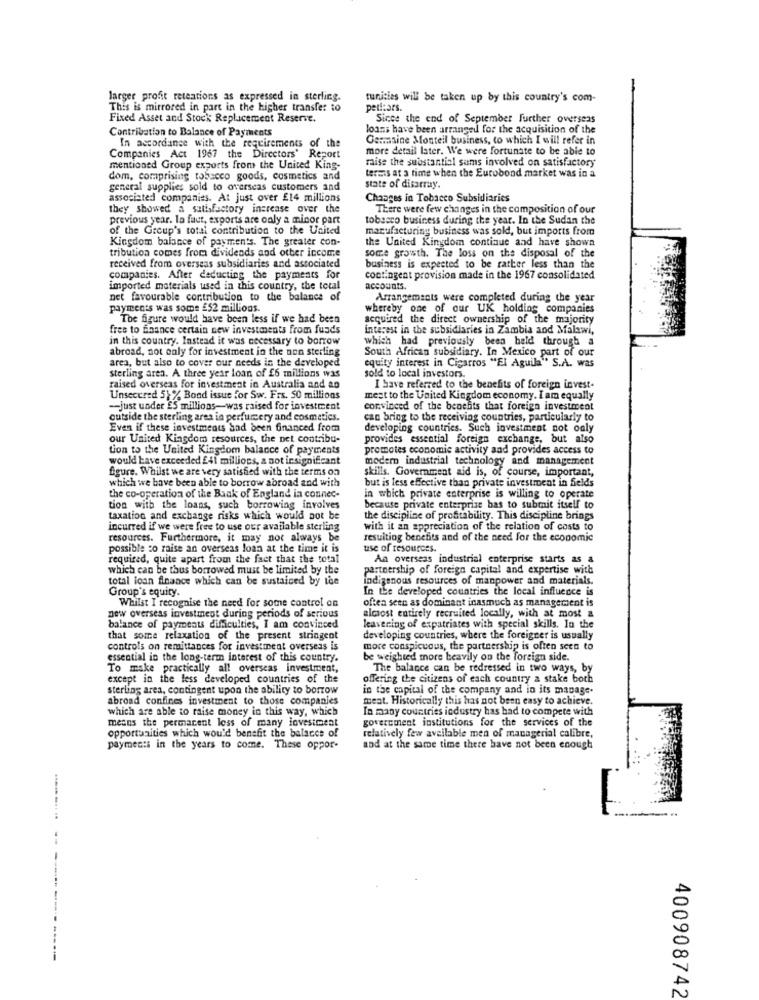
larger profit reteations as expressed in sterling.
tunities will be taken up by this country's com-
This is mirrored in part in the higher transfer to
peritars.
Fixed Asset and Stock Replacement Reserve.
Since the end of September further overseas
Contribution to Balance of Payments
loans have been arranged for the acquisition of the
Germaine Monteil business, to which I will refer in
In accordance with the requirements of the
more detail later. We were fortunate to be able to
Companies Act 1967 the Directors' Report
mise the substantial sums involved on satisfactory
mentioned Group exports from the United King-
terms at a time when the Eurobond market was in a
dom, comprising tobacco goods, cosmetics and
general supplies sold to overseas customers and
state of disarray
associated companies. At just over £14 millions
Changes in Tobacco Subsidiaries
they showed a satisfactory increase over the
There were few changes in the composition of our
previous year. la faut, exports are only a minor part
tobacco business during the year. In the Sudan the
of the Group's total contribution to the United
manufacturing business was sold, but imports from
Kingdom balance of payments. The greater con-
the United Kingdom continue and have shown
some growth. The loss on the disposal of the
tribution comes from dividends and other income
business is expected to be rather less than the
received from overseas subsidiaries and associated
companies. After deducting the payments for
contingent provision made in the 1967 consolidated
imported materials used in this country, the total
accounts.
net favourable contribution to the balance of
Arrangements were completed during the year
payments was some £52 millions.
whereby one of our UK holding companies
The figure would have been less if we had been
acquired the direct ownership of the majority
fres to chance certain new investments from funds
interest in the subsidiaries in Zambia and Malawi,
in this country. Instead it was necessary to borrow
which had previously been held througha
abroad, not only for investment in the non sterling
South African subsidiary. In Mexico part of our
equity interest in Cigarros "El Aguila" S.A. was
area, but also to cover our needs in the developed
sterling aren. A three year loan of £6 millions was
sold to local investors.
raised overseas for investment in Australia and an
I have referred to the benefits of foreign invest-
Unsecured 5} % Bond issue for Sw. Frs. 50 millions
mest to the United Kingdom economy. I am equally
-- just under £5 millions-was raised for investment
convinced of the benefits that foreign investment
outside the sterling area in perfumery and cosmetics.
can bring to the receiving countries, particularly to
Even if these investments Had been financed from
developing countries. Such investment not only
our United Kingdom resources, the net contribu-
provides essential foreign exchange, but also
tion to the United Kingdom balance of payments
promotes economic activity and provides access to
would have exceeded £41 millions, a not insignificant
modern industrial technology and management
figure. Whilst we are very satisfied with the terms on
skills. Government aid is, of course, important,
which we have been able to borrow abroad and with
but is less effective than private investment in Selds
the co-operation of the Bank of England in connec-
in which private enterprise is willing to operate
tion with the loans, such borrowing involves
because private enterprise bas to submit itself to
taxation and exchange risks which would not be
the discipline of profitability. This discipline brings
incurred if we were free to use our available sterling
with it an appreciation of the relation of casts to
resources. Furthermore, it may not always be
resulting benefits and of the need for the economic
possible to raise an overseas loan at the time it is
use of resources.
required, quite apart from the fact that the total
An overseas industrial enterprise starts as a
which can be thus borrowed must be limited by the
partnership of foreign capital and expertise with
total loan finance which can be sustained by toe
indigenous resources of manpower and materials.
Group's equity.
In the developed countries the local influence is
Whilst I recognise the need for some control on
oftea seen as dominant inasmuch as management is
alcsost entirely recruited locally, with at most &
new overseas investment during periods of serious
balance of payments difficulties, I am convinced
leavering of expatriates with special skills. In the
that some relaxation of the present stringent
developing countries, where the foreigner is usually
controls on remittances for investment overseas is
more conspicuous, the partnership is often seen to
essential in the long-term interest of this country.
be weighted more heavily on the foreign side.
To make practically all overseas investment,
The balance can be redressed in two ways, by
except in the less developed countries of the
offering the citizens of each country a stake both
sterling area, contingent upon the ability to borrow
in the capital of the company and in its manage.
abroad confines investment to those companies
meat. Historically this has not been easy to achieve.
which are able to raise money in this way, which
In many countries industry has had to compete with
means the permanent less of many investment
government institutions for the services of the
opportunities which would benefit the balaces of
relatively few available men of managerial calibre,
payments in the years to come. These oppor-
and at the same time there have not been enough
400908742